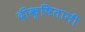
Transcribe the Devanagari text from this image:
दीक्षितानी